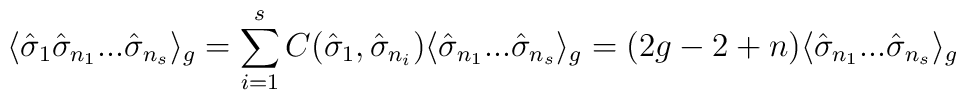
\langle {\hat \sigma}_1 {\hat \sigma}_{n_1}...{\hat\sigma}_{n_s} \rangle_g = \sum_{i=1}^{s} C({\hat \sigma}_1,{\hat \sigma}_{n_i}) \langle {\hat \sigma}_{n_1}... {\hat\sigma}_{n_s} \rangle_g = (2g-2+n) \langle {\hat \sigma}_{n_1}...{\hat \sigma}_{n_s} \rangle_g